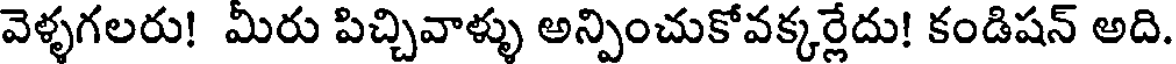
వెళ్ళగలరు! మీరు పిచ్చివాళ్ళు అన్పించుకోవక్కర్లేదు! కండిషన్ అది.